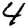
Digit: 4